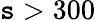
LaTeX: \mathtt{s}>300